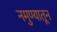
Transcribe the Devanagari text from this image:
नमुण्यातून